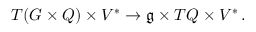
\begin{array} { r } { T ( G \times Q ) \times V ^ { * } \rightarrow \mathfrak { g } \times T Q \times V ^ { * } \, . } \end{array}